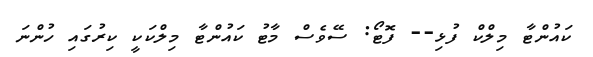
ކައުންޓާ މިލްކް ފުޅި-- ފޮޓޯ: ސޭވެސް މާޓު ކައުންޓާ މިލްކަކީ ކިރުގައި ހުންނަ